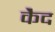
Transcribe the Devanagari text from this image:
कैेद